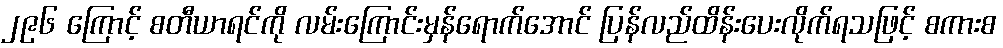
၂၉၆ ကြောင့် စတီယာရင်ကို လမ်းကြောင်းမှန်ရောက်အောင် ပြန်လည်ထိန်းပေးလိုက်ရသဖြင့် စကားစ